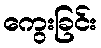
ကွေးခြင်း